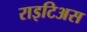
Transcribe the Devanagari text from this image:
राइटिअस